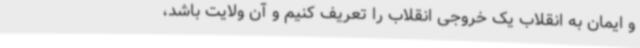
و ایمان به انقلاب یک خروجی انقلاب را تعریف‌ کنیم و آن ولایت باشد،